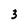
Character: 3